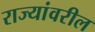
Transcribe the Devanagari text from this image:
राज्यांवरील